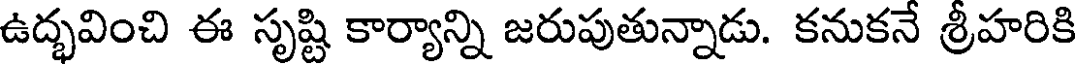
ఉద్భవించి ఈ సృష్టి కార్యాన్ని జరుపుతున్నాడు. కనుకనే శ్రీహరికి